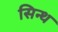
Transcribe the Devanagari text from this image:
सिन्थ